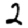
Digit: 2